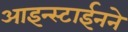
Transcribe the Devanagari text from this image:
आइन्स्टाईनने